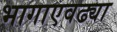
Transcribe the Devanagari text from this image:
भागाएवढ्या